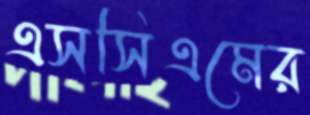
এসসিএমের